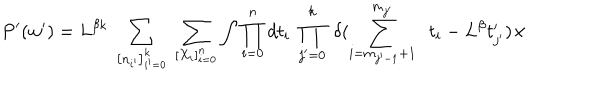
P ^ { \prime } ( w ^ { \prime } ) = L ^ { \beta k } \; \sum _ { \left[ n _ { i ^ { \prime } } \right] _ { i ^ { \prime } = 0 } ^ { k } } \; \sum _ { \left[ X _ { i } \right] _ { i = 0 } ^ { n } } \int \prod _ { i = 0 } ^ { n } d t _ { i } \; \prod _ { j ^ { \prime } = 0 } ^ { k } \; \delta ( \sum _ { { i } = m _ { j ^ { \prime } - 1 } + 1 } ^ { m _ { j ^ { \prime } } } \; \; t _ { i } - L ^ { \beta } t _ { j ^ { \prime } } ^ { \prime } ) \times